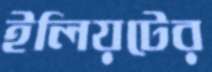
ইলিয়টের